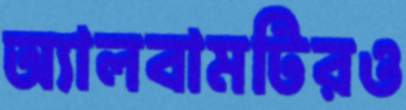
অ্যালবামটিরও